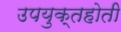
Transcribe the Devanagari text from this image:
उपयुक्तहोती